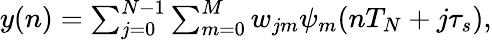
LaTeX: \begin{array}{r}{y(n)=\sum_{j=0}^{N-1}\sum_{m=0}^{M}w_{jm}\psi_{m}(nT_{N}+j\tau_{s}),}\end{array}